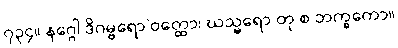
၇၃၄။ နဂ္ဂေါ ဒိဂမ္ဗရော’ဝတ္ထော၊ ဃသ္မရော တု စ ဘက္ခကော။